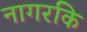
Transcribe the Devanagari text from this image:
नागरकि